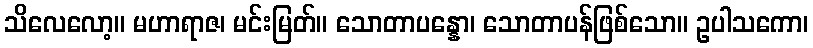
သိလေလော့။ မဟာရာဇ၊ မင်းမြတ်။ သောတာပန္နော၊ သောတာပန်ဖြစ်သော။ ဥပါသကော၊